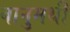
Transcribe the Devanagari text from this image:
बानुमथी